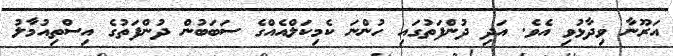
އަރޫނާ ވިދާޅުވި އެވެ. އަދި ދުންފަތުގައި ހުންނަ ކެމިކަލްއެއްގެ ސަބަބުން ދުންފަތުގެ އިސްތިއުމާލު